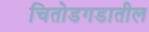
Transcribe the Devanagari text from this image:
चितोडगडातील